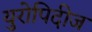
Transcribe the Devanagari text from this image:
युरोपिदीज